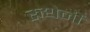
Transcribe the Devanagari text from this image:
रुथेनी